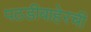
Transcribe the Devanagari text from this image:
पठडीबाहेरची